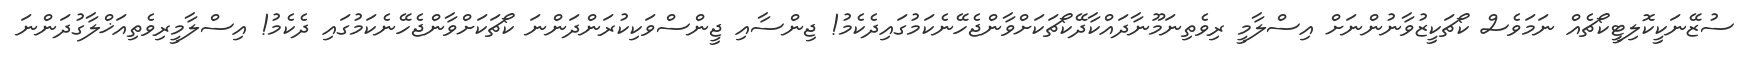
ސުޒޭނަކީކޮލިޓީކޯޗެއް ނަމަވެސް ކޯޗަކީޒުވާނުންނަށް އިސްލާމީ ރިވެތިނަމޫނާދައްކާދޭކޯޗަކަށްވާންޖެހޭނެކަމުގައިދެކެމު! ޖިންސާއި ޖީންސްވަކިކުރަންދަންނަ ކޯޗަކަށްވާންޖެހޭނެކަމުގައި ދެކެމު! އިސްލާމީރިވެތިއަޚްލާގުދަންނަ